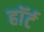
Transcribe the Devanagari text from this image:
हाॅर्ट